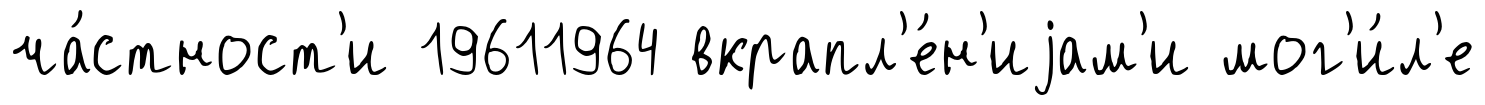
ча́стност'и 19611964 вкрапл'е́н'иjам'и мог'и́л'е